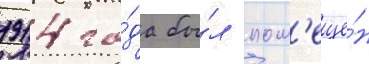
1914 го́да бы́л пом'ещё́н